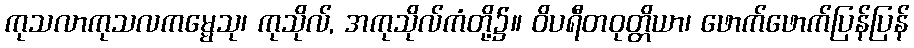
ကုသလာကုသလကမ္မေသု၊ ကုသိုလ်, အကုသိုလ်ကံတို့၌။ ဝိပရီတဝုတ္တိယာ၊ ဖောက်ဖောက်ပြန်ပြန်